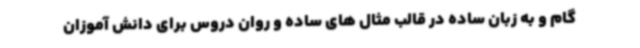
گام و به زبان ساده در قالب مثال های ساده و روان دروس برای دانش آموزان